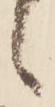
候